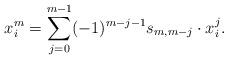
LaTeX: \begin{align*}x_i^{m}=\sum_{j=0}^{m-1}(-1)^{m-j-1}s_{m,m-j}\cdot x_i^j.\end{align*}